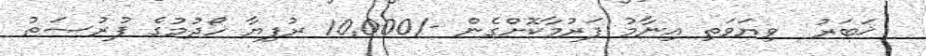
ޚަބަރު  ވިޔަވަތި އިނާމު ފަރުމާކޮށްގެން -/10